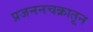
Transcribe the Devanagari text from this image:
प्रजननचक्रातून